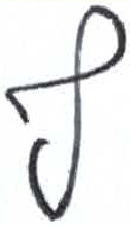
אות: ץ